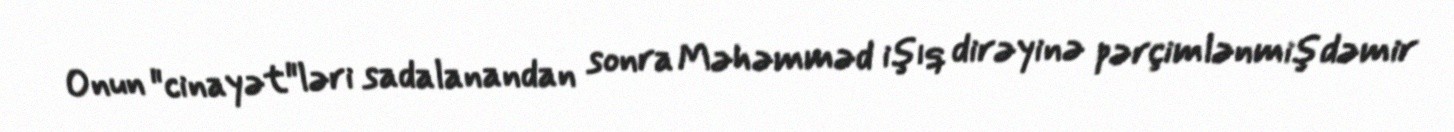
Onun "cinayət"ləri sadalanandan sonra Məhəmməd işıq dirəyinə pərçimlənmiş dəmir